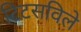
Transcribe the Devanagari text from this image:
टिटसविले